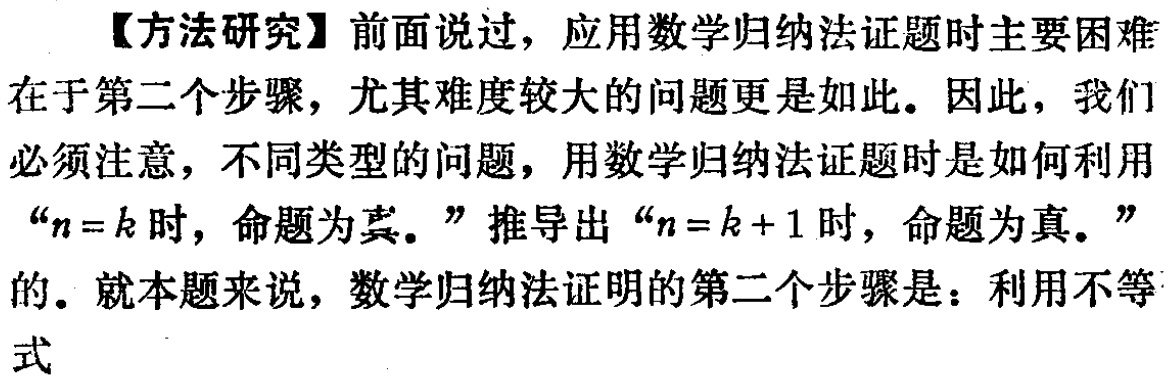
【方法研究】前面说过，应用数学归纳法证题时主要困难在于第二个步骤，尤其难度较大的问题更是如此。因此，我们必须注意，不同类型的问题，用数学归纳法证题时是如何利用“\(n = k\)时，命题为真。”推导出“\(n = k + 1\)时，命题为真。”的。就本题来说，数学归纳法证明的第二个步骤是：利用不等式